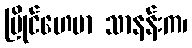
မြိုင်ဟေမာ သာနန်းက၊